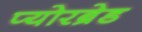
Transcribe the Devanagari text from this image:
प्योरब्रेड